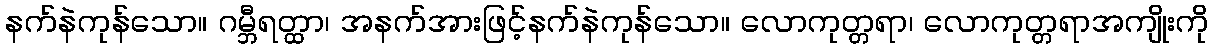
နက်နဲကုန်သော။ ဂမ္ဘီရတ္ထာ၊ အနက်အားဖြင့်နက်နဲကုန်သော။ လောကုတ္တရာ၊ လောကုတ္တရာအကျိုးကို